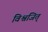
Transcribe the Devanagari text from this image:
विश्वजित्‌